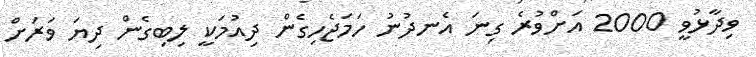
ވިދާޅުވީ 2000 އަށްވުރެ ގިނަ އެނދުނު ހަމަޖެހިގެން ދިއުމަކީ ލިބިގެން ދިޔަ ވަރަށް